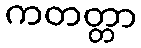
ကတတ္တာ